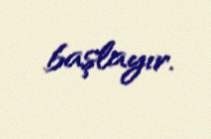
başlayır.